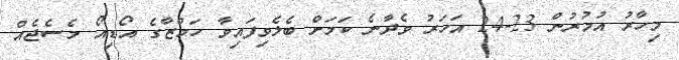
މިހާރު އުމުރުން 23-24 އަހަރު ވެދާނެ ކަމަށް ބެލެވިފައިވާ ހަމްޒާގެ އޯޑިއޯ މެސެޖެއް